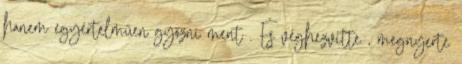
hanem egyértelműen győzni ment . És véghezvitte , megnyerte